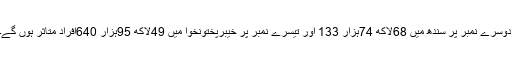
دوسرے نمبر پر سندھ میں 68لاکھ 74ہزار 133 اور تیسرے نمبر پر خیبرپختونخوا میں 49لاکھ 95ہزار 640افراد متاثر ہوں گے۔